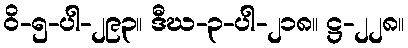
ဝိ-၅-ပါ-၂၉၃။ ဒီဃ-၃-ပါ-၂၁၈။ ဋ္ဌ-၂၂၈။